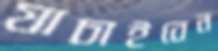
যাচাইবেন